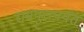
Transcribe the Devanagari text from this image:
रामपुरापर्यंत